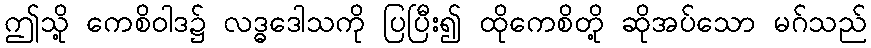
ဤသို့ ကေစိဝါဒ၌ လဒ္ဓဒေါသကို ပြပြီး၍ ထိုကေစိတို့ ဆိုအပ်သော မဂ်သည်